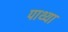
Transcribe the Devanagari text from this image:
पाथ्या